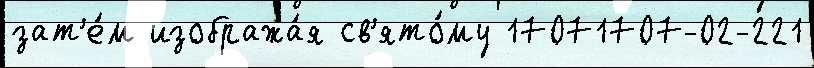
зат'е́м изобража́я св'ято́му 17071707-02-221